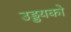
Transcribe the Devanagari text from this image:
उड्डयको